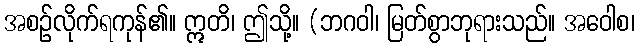
အစဉ်လိုက်ရကုန်၏။ ဣတိ၊ ဤသို့။ (ဘဂဝါ၊ မြတ်စွာဘုရားသည်။ အဝေါစ၊